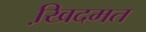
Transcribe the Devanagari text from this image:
खि़दमत